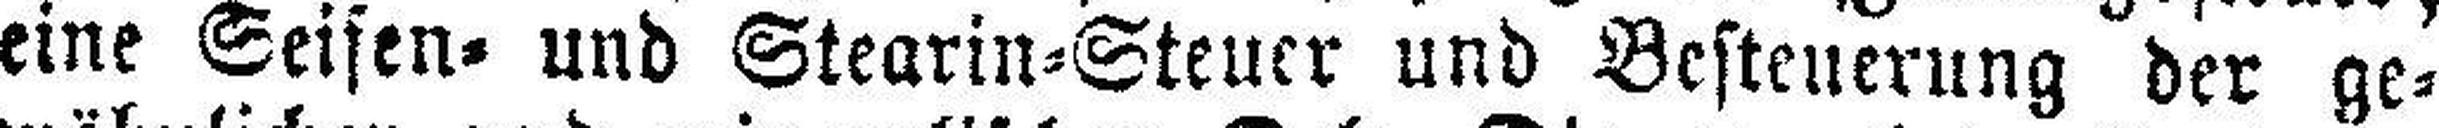
eine Seifen= und Stearin=Steuer und Besteuerung der ge¬